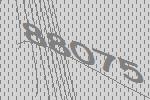
88075